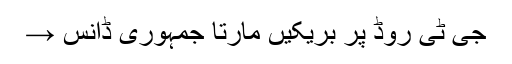
جی ٹی روڈ پر بریکیں مارتا جمہوری ڈانس →